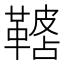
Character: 𩌓